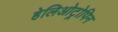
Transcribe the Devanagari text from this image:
हेलिओट्रोपिन